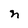
Character: n